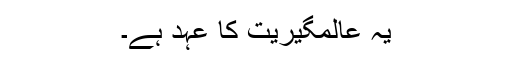
یہ عالمگیریت کا عہد ہے۔